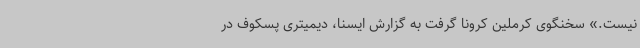
نیست.» سخنگوی کرملین کرونا گرفت به گزارش ایسنا، دیمیتری پسکوف در